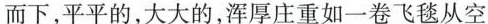
而下，平平的，大大的，浑厚庄重如一卷飞毯从空